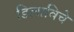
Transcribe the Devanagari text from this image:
डिलाविचे